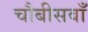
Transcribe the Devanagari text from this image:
चौबीसवाँ